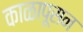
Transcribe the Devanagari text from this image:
काळापूसन